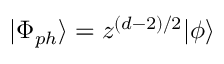
| \Phi _ { p h } \rangle = z ^ { ( d - 2 ) / 2 } | \phi \rangle